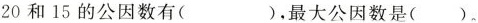
20和15的公因数有（ ），最大公因数是（ ）。